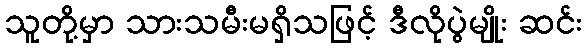
သူတို့မှာ သားသမီးမရှိသဖြင့် ဒီလိုပွဲမျိုး ဆင်း